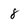
Character: 8